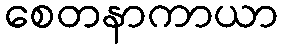
စေတနာကာယာ